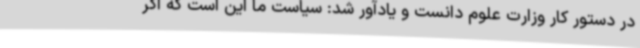
در دستور کار وزارت علوم دانست و یادآور شد: سیاست ما این است که اگر